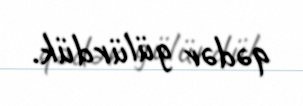
qədər gülürdük.